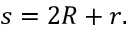
\displaystyle s = 2 R + r .